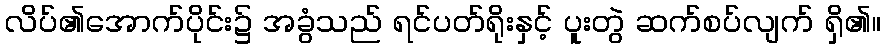
လိပ်၏အောက်ပိုင်း၌ အခွံသည် ရင်ပတ်ရိုးနှင့် ပူးတွဲ ဆက်စပ်လျက် ရှိ၏။